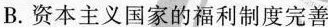
B.资本主义国家的福利制度完善